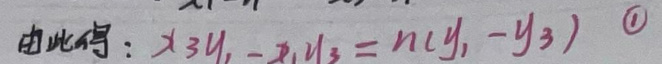
由此得：\(x_3y_1 - x_1y_3 = n(y_1 - y_3)\)  \(\textcircled{1}\)